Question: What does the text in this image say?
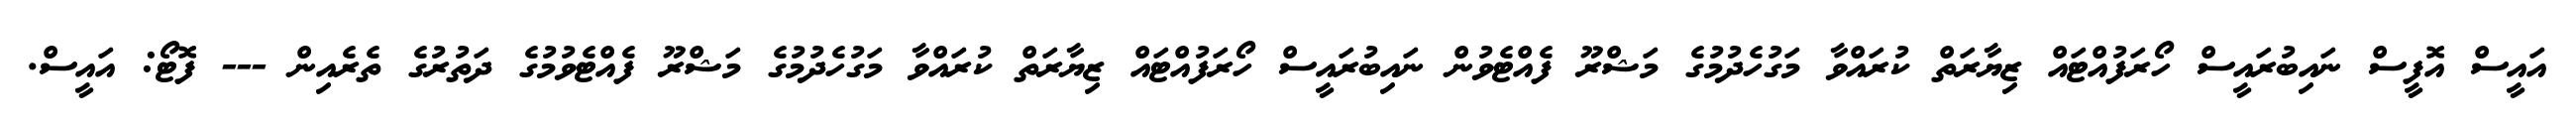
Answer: އައީސް އޮފީސް ނައިބުރައީސް ހޯރަފުއްޓައް ޒިޔާރަތް ކުރައްވާ މަގުހެދުމުގެ މަޝްރޫ ފެއްޓެވުން ނައިބުރައީސް ހޯރަފުއްޓައް ޒިޔާރަތް ކުރައްވާ މަގުހެދުމުގެ މަޝްރޫ ފެއްޓެވުމުގެ ދަތުރުގެ ތެރެއިން --- ފޮޓޯ: އައީސް.